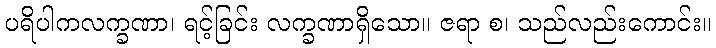
ပရိပါကလက္ခဏာ၊ ရင့်ခြင်း လက္ခဏာရှိသော။ ဇရာ စ၊ သည်လည်းကောင်း။